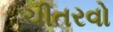
ચીતરવો